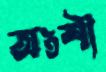
অংশী